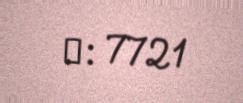
№: 7721